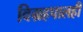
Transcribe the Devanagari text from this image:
विग्रहपालही